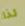
لذا